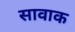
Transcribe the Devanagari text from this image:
सावाक